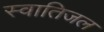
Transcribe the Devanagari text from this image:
स्वातिजल